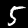
Digit: 5